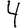
Digit: 4